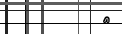
}